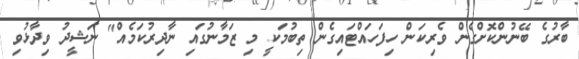
ބާރުގެ ބޭނުންކޮށްގެން ވެރިކަން ހިފަހައްޓައިގެން ތިބުމަކީ މި ޒަމާނުގައި ނާދިރުކަމެއް" ނަޝީދު ވިދާޅުވި